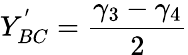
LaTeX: Y_{BC}^{'}=\frac{\gamma_{3}-{\gamma_{4}}}{2}